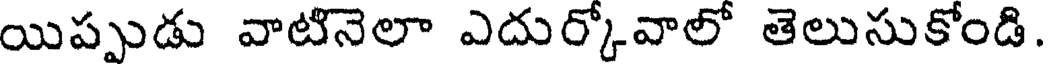
యిప్పుడు వాటినెలా ఎదుర్కోవాలో తెలుసుకోండి.